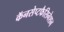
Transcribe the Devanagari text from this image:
कॅनसेप्टफैसिनेशन